Annual report of the Imperial Bacteriologist
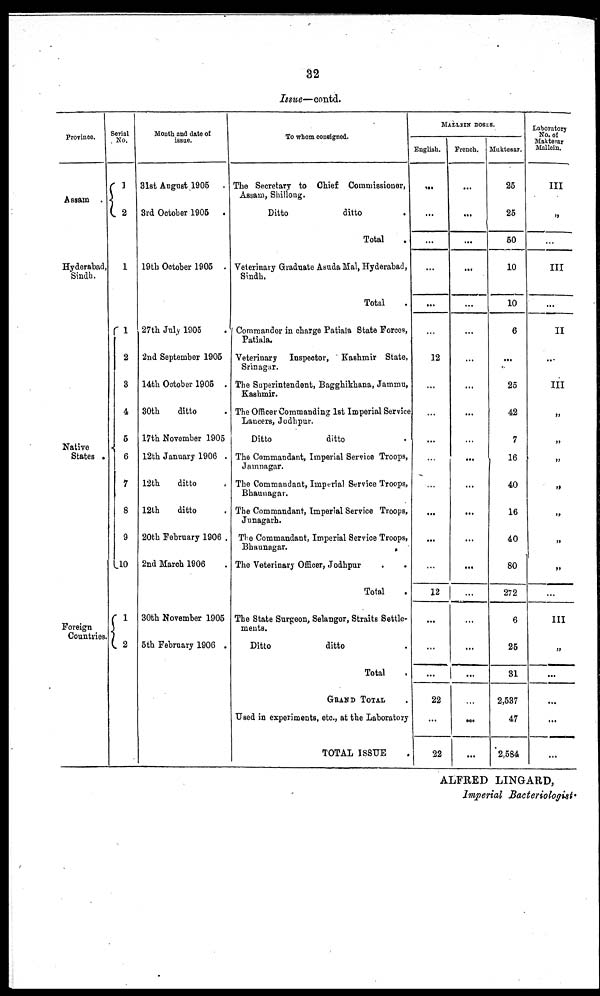
32
Issue—contd.
Province.
Assam . {
Hyderabad,
Sindh.
Native
States . {
Foreign {
Countries.
Serial
No.
1
2
1
1
2
3
4
5
6
7
8
9
10
1 2
Month and date of
issue.
31st August 1905 .
3rd October 1905 .
19th October 1905 .
27th July 1905 .
2nd September 1905
14th October 1905 .
30th
ditto .
17th November 1905
12th January 1906 .
12th
ditto .
12th
ditto .
20th February 1906 .
2nd March 1906 .
30th November 1905
5th February 1906 .
To whom consigned.
The Secretary to Chief Commissioner,
Assam, Shillong.
Ditto
ditto .
Total .
Veterinary Graduate Asuda Mal, Hyderabad,
Sindh.
Total .
Commander in charge Patiala State Forces,
Patiala.
Veterinary Inspector, Kashmir State,
Srinagar.
The Superintendent, Bagghikhana, Jammu,
Kashmir.
The Officer Commanding 1st Imperial Service
Lancers, Jodhpur.
Ditto
ditto .
The Commandant, Imperial Service Troops,
Jamnagar.
The Commandant, Imperial Service Troops,
Bhaunagar.
The Commandant, Imperial Service Troops,
Junagarh.
The Commandant, Imperial Service Troops,
Bhaunagar.
The Veterinary Officer, Jodhpur . .
Total .
The State Surgeon, Selangor, Straits Settle-
ments.
Ditto
ditto .
Total .
GRAND TOTAL
Used in experiments, etc, at the Laboratory
TOTAL ISSUE .
MALLEIN DOSES.
English.
...
...
...
...
...
...
12
...
...
...
...
...
...
...
...
12
...
...
...
22
...
22
French.
...
...
...
...
...
...
...
...
...
...
...
...
...
...
...
...
...
...
...
...
...
...
Muktesar.
25
25
50
10
10
6
...
25
42
7
16
40
16
40
80
272
6
25
31
2,537
47
2,584
Laboratory
No. of
Maktesar
Mallein.
III
„
...
III
...
II
...
III
„
„
„
„
„
„
„
...
III
..
...
...
...
...
ALFRED LINGARD,
Imperial Bacteriologist.